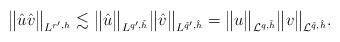
LaTeX: \begin{align*}\big\|\hat{u}\hat{v}\big\|_{L^{r', h}} \lesssim \big\|\hat{u}\big\|_{L^{q', \tilde{h}}}\big\|\hat{v}\big\|_{L^{\tilde{q}', \hat{h}}} = \big\|u\big\|_{\mathcal{L}^{q, \tilde{h}}}\big\|v\big\|_{\mathcal{L}^{\tilde{q}, \hat{h}}}.\end{align*}